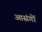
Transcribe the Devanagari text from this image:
आसंगों